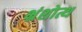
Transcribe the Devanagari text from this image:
भ्रंशोत्थ